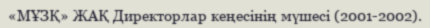
«МҰЗҚ» ЖАҚ Директорлар кеңесінің мүшесі (2001-2002).